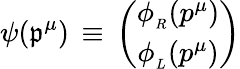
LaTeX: \psi(\mathfrak{p}^{\mu})\, \equiv\, \left(\begin{array}{c}{{\phi_{_R}(p^{\mu})}}\\ {{\phi_{_L}(p^{\mu})}}\end{array}\right)